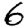
Digit: 6